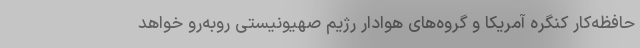
حافظه‌کار کنگره آمریکا و گروه‌های هوادار رژیم صهیونیستی رو‌به‌رو خواهد